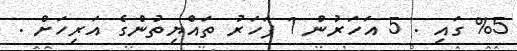
%5 ގައި . 5 އަހަރުން 1 ފަހަރު ތައްޔިތުންގެ އަރިހަށް .